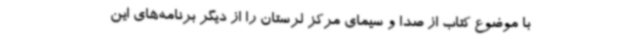
با موضوع کتاب از صدا و سیمای مرکز لرستان را از دیگر برنامه‌های این